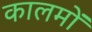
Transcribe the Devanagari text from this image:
कालमों